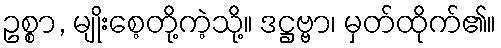
ဥစ္စာ, မျိုးစေ့တို့ကဲ့သို့။ ဒဋ္ဌဗ္ဗာ၊ မှတ်ထိုက်၏။